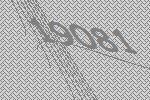
19081